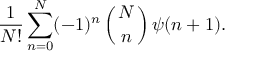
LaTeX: { \frac { 1 } { N ! } } \sum _ { n = 0 } ^ { N } ( - 1 ) ^ { n } \left( N \atop n \right) \psi ( n + 1 ) .